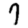
Digit: 7